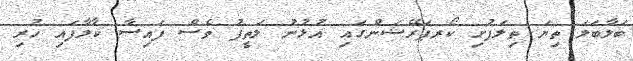
ބަލާބަލަ ތިޔަ ތިލަފުށި ކޯރޕަރޭޝަންގައި އުޅުނު ލަތީފު ވެސް ފައިސާ ކާލާފައި ހުރި